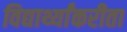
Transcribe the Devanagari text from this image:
विद्यार्थ्यांकरीता